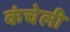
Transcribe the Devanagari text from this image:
कंचेली